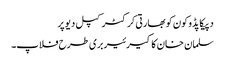
دپیکا پڈوکون کو بھارتی کرکٹر کپل دیو پر
سلمان خان کا کیرئیر بری طرح فلاپ۔